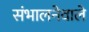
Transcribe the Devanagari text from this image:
संभालनेवाले